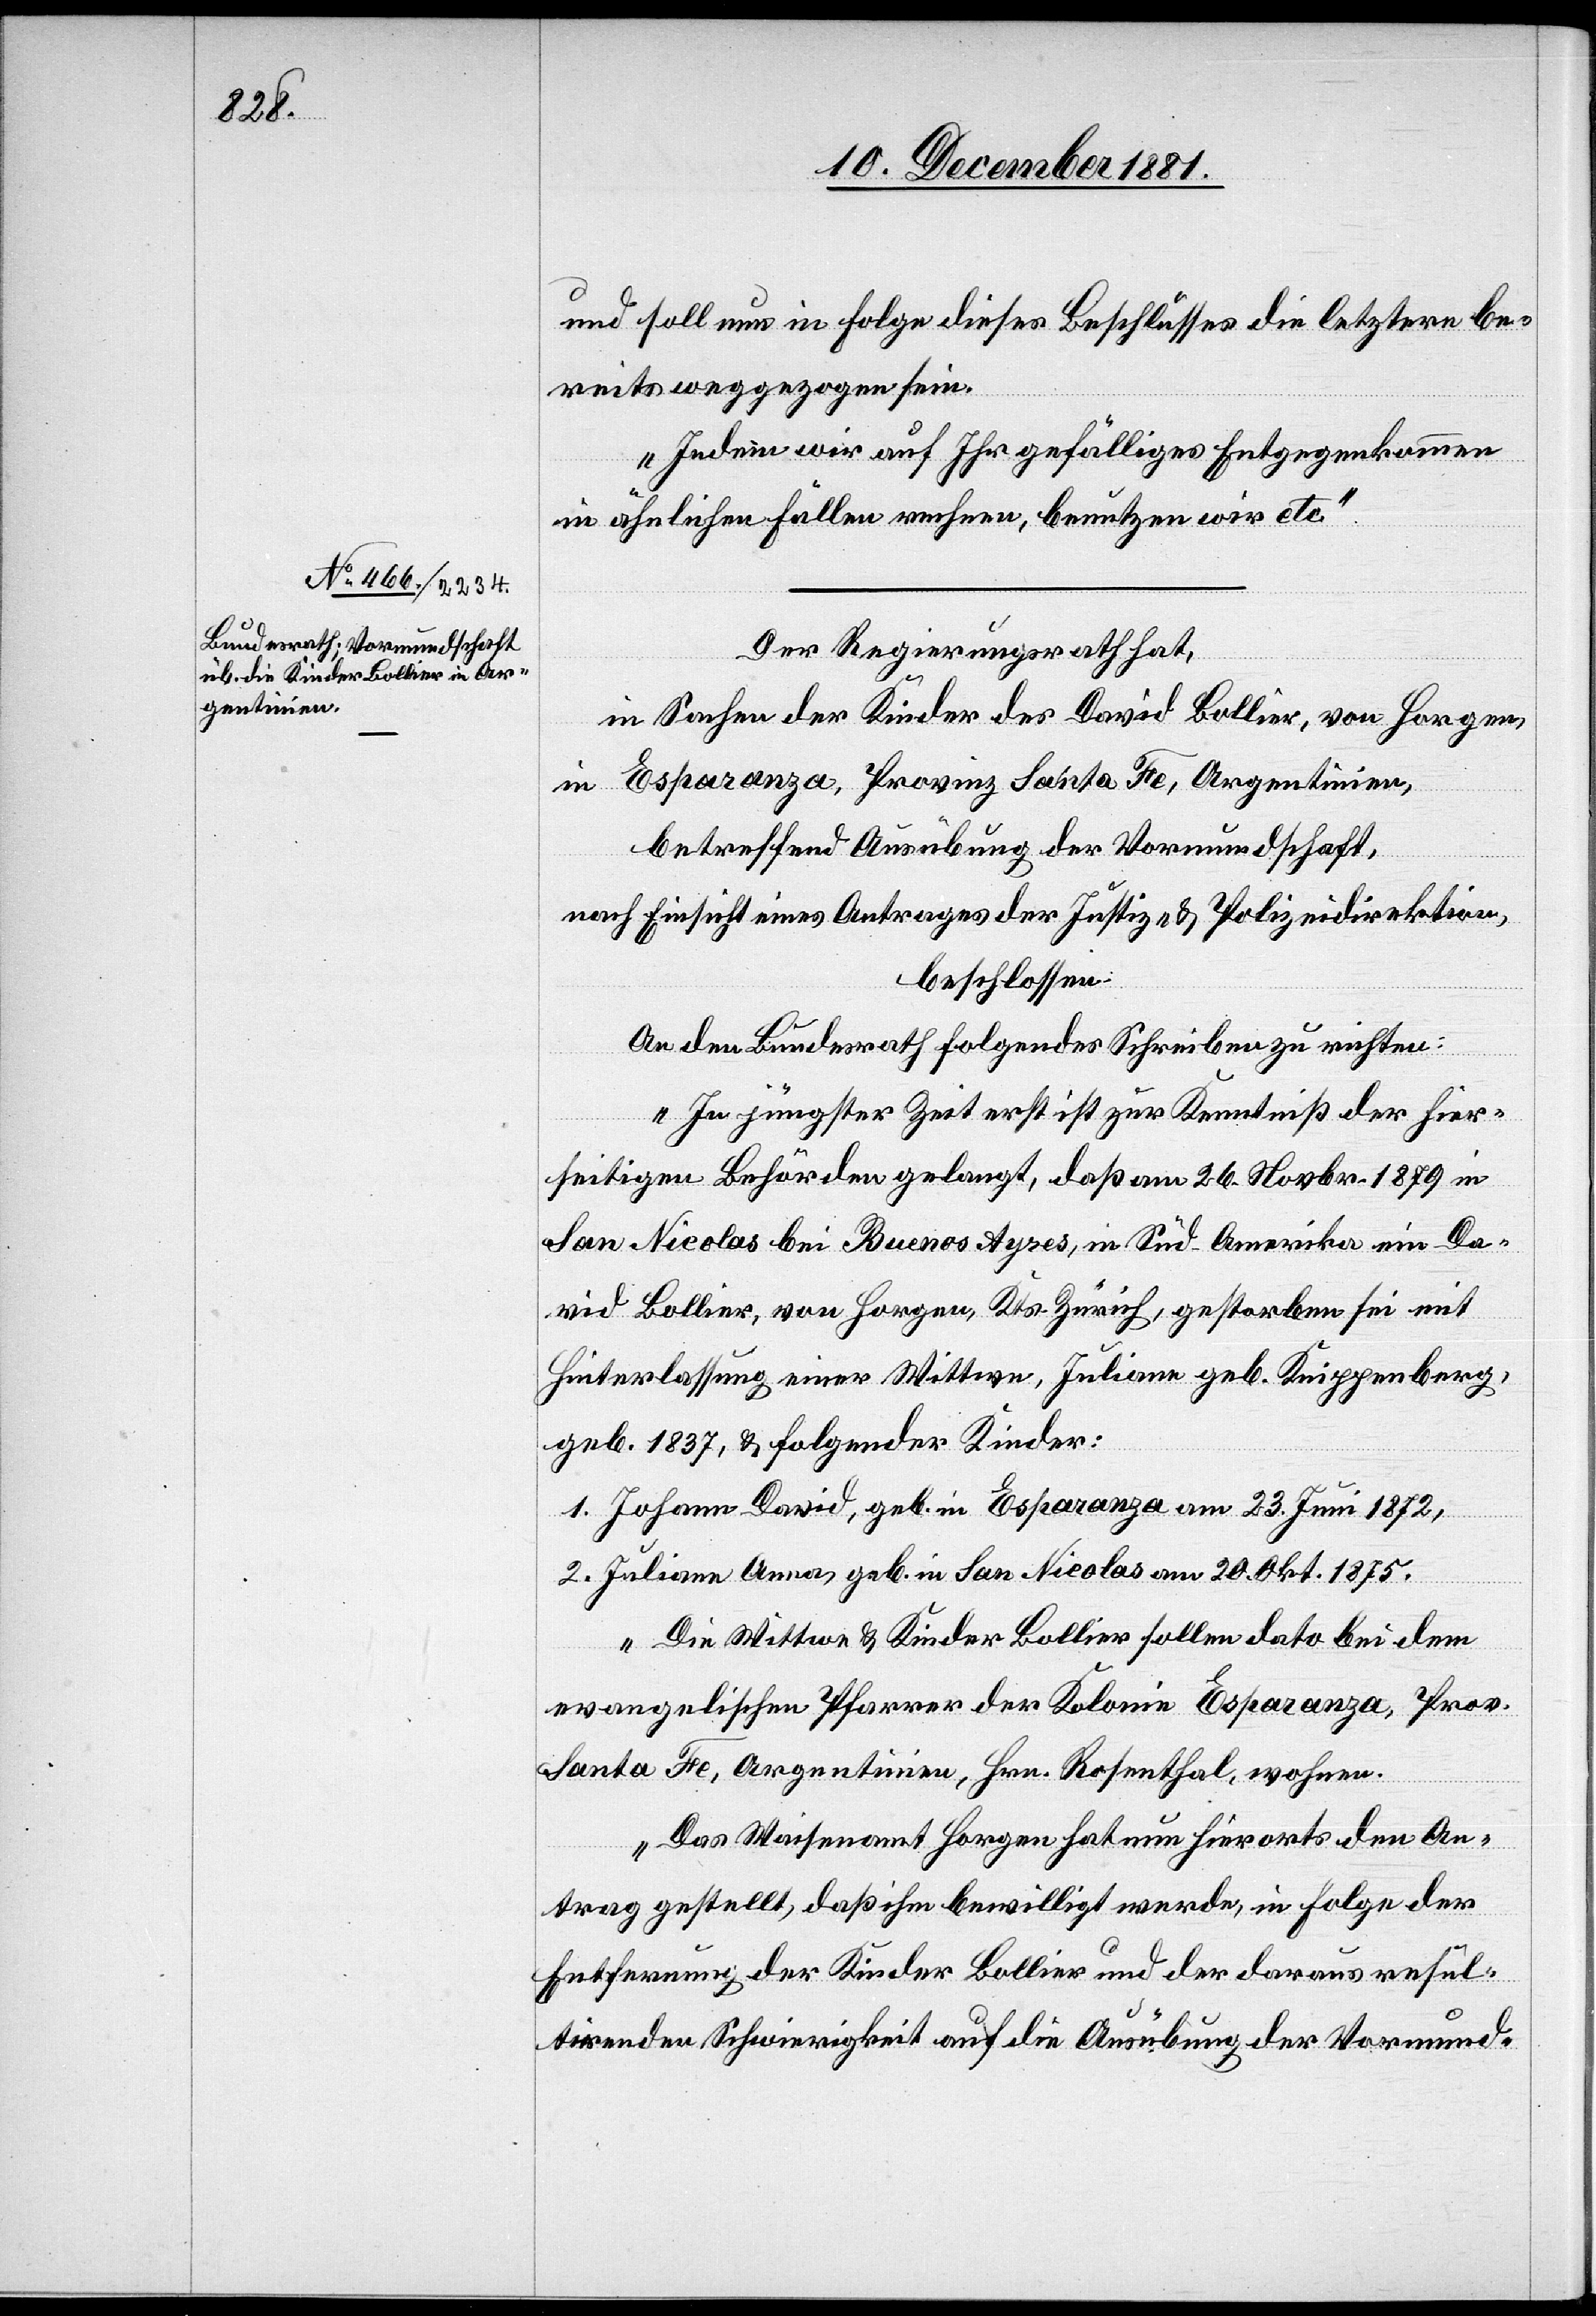
und soll nun in Folge dieses Beschlusses die letztern be¬
reits weggezogen sein.
Indem wir auf Ihr gefälliges Entgegenkommen
in ähnlichen Fällen rechnen, benutzen wir etc.“
Der Regierungsrath hat,
in Sachen der Kinder des David Bollier, von Horgen,
in Esparanza, Provinz Santa Fe, Argentinien,
betreffend Ausübung der Vormundschaft,
nach Einsicht eines Antrages der Justiz- & Polizeidirektion,
beschlossen:
An den Bundesrath folgendes Schreiben zu richten:
„In jüngster Zeit erst ist zur Kenntniß der hier¬
seitigen Behörden gelangt, daß am 26. Novbr. 1879 in
San Nicolas bei Buenos Ayres, in Süd-Amerika ein Da¬
vid Bollier, von Horgen, Kts. Zürich, gestorben sei mit
Hinterlassung einer Wittwe, Juliane geb. Keippenberg,
geb. 1873, & folgender Kinder:
1. Johann David, geb. in Esparanza am 23. Juni 1872,
2. Juliane Anna, geb. in San Nicolas am 20. Okt. 1875.
Die Wittwe & Kinder Bollier sollen dato bei dem
evangelischen Pfarrer der Kolonie Esparanza, Prov.
Santa Fe, Argentinien, Hrn. Rosenthal, wohnen.
Das Waisenamt Horgen hat nun hierorts den An¬
trag gestellt, daß ihm bewilligt werde, in Folge der
Entfernung der Kinder Bollier und der daraus resul¬
tirenden Schwierigkeit auf die Ausübung der Vormund-